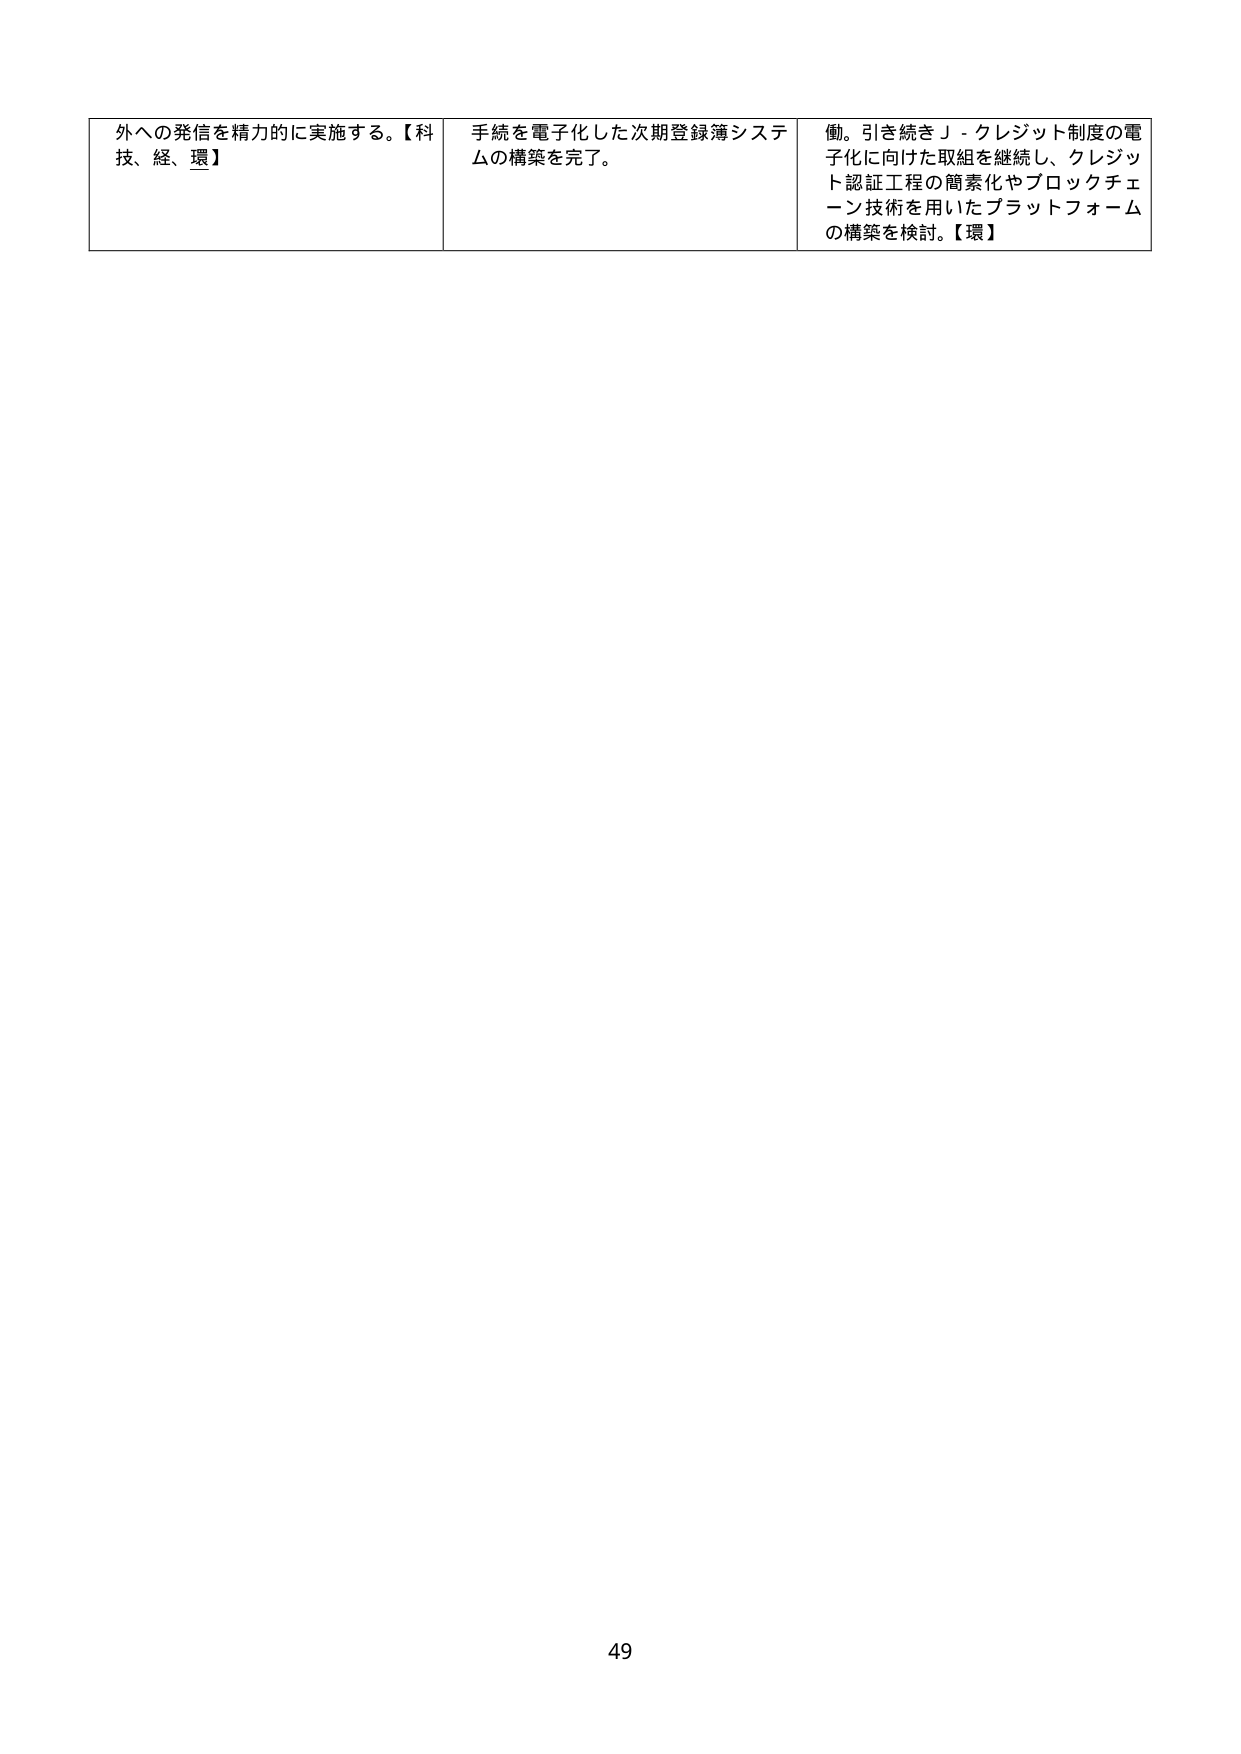
外への発信を精力的に実施する。【科技、経、環】

手続を電子化した次期登録簿システムの構築を完了。

働。引き続きＪ－クレジット制度の電子化に向けた取組を継続し、クレジット認証工程の簡素化やブロックチェーン技術を用いたプラットフォームの構築を検討。【環】

49